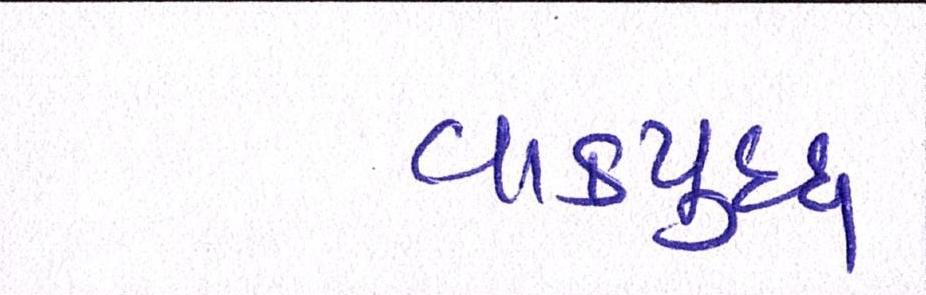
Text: વાકયુદ્ધ